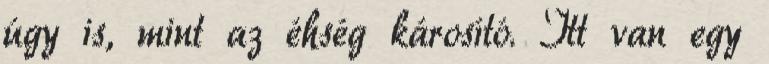
úgy is, mint az éhség károsító. Itt van egy